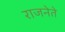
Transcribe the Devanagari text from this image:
राजनेते